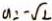
a = - \sqrt { 2 }